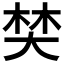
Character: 𡘽